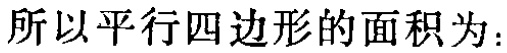
所以平行四边形的面积为：